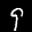
Label: 9